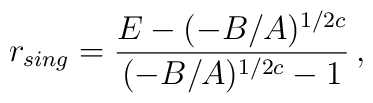
r_{sing}=\frac{E -(-B/A)^{1/2c}}{(-B/A)^{1/2c} -1}\, ,